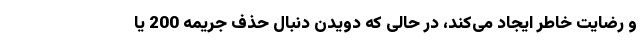
و رضایت خاطر ایجاد می‌کند، در حالی که دویدن دنبال حذف جریمه 200 یا